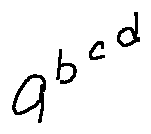
a ^ { b ^ { c ^ { d } } }